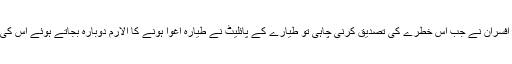
ایئر پورٹ کے افسران نے جب اس خطرے کی تصدیق کرنی چاہی تو طیارے کے پائلیٹ نے طیارہ اغوا ہونے کا الارم دوبارہ بجاتے ہوئے اس کی تصدیق کردی۔